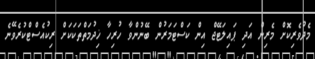
މެދުވެރިކޮށް މެރިން އަދި ޕައިލަޓޭޖް އިން ކަސްޓަމަރުން ބޭނުންވާ ހުރިހާ ޚިދުމަތްތަކަކަށް ރިކުއެސްޓްކުރެވޭނެ